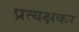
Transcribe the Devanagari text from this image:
प्रत्यक्षकर